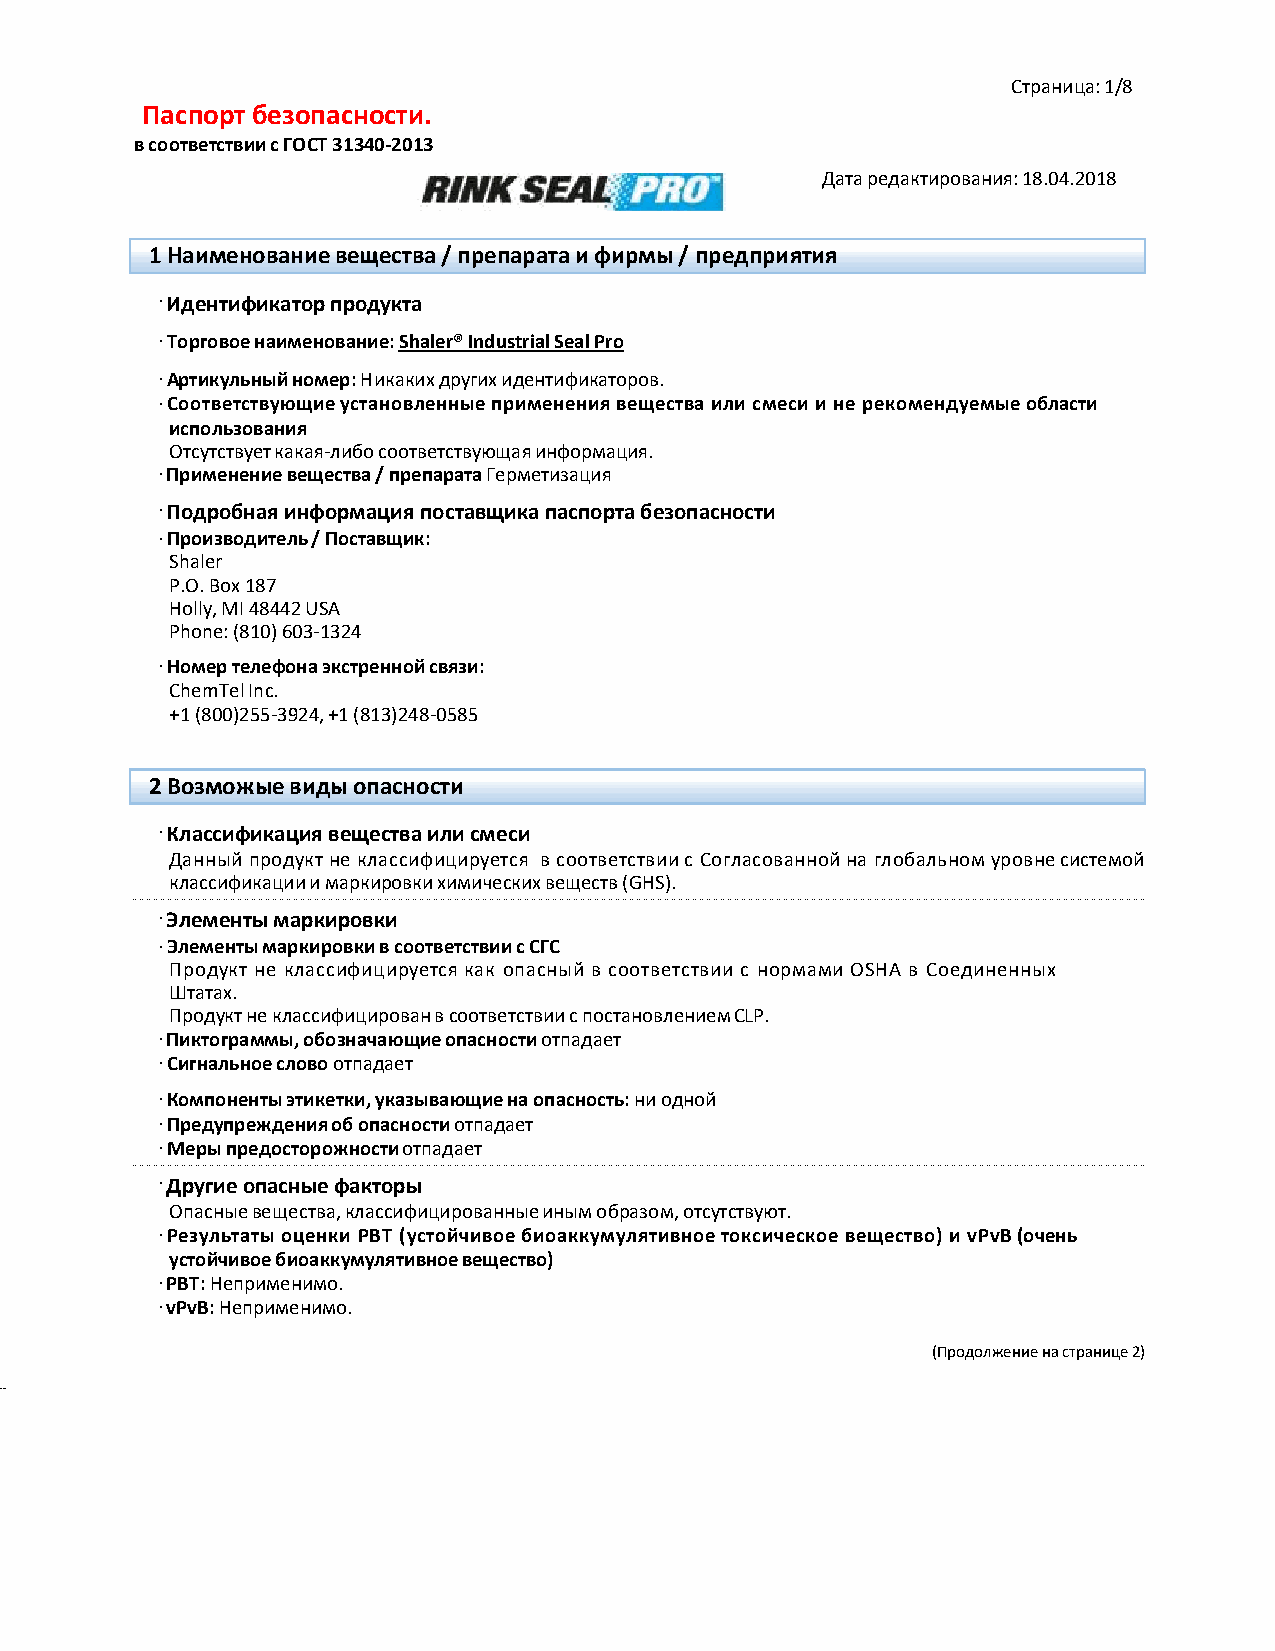
Страница: 1/8
 Паспорт безопасности.
 в соответствии с ГОСТ 31340-2013
 Дата редактирования: 18.04.2018
 1 Наименование вещества / препарата и фирмы / предприятия
 · Идентификатор продукта
 · Торговое наименование: Shaler® Industrial Seal Pro
 · Артикульный номер: Никаких других идентификаторов.
 · Соответствующие установленные применения вещества или смеси и не рекомендуемые области
 использования
 Отсутствует какая-либо соответствующая информация.
 · Применение вещества / препарата Герметизация
 · Подробная информация поставщика паспорта безопасности
 · Производитель / Поставщик:
 Shaler
 P.O. Box 187
 Holly, MI 48442 USA
 Phone: (810) 603-1324
 · Номер телефона экстренной связи:
 ChemTel Inc.
 +1 (800)255-3924, +1 (813)248-0585
 2 Возможые виды опасности
 · Классификация вещества или смеси
 Данный продукт не классифицируется в соответствии с Согласованной на глобальном уровне системой
 классификации и маркировки химических веществ (GHS).
 · Элементы маркировки
 · Элементы маркировки в соответствии с СГС
 Продукт не классифицируется как опасный в соответствии с нормами OSHA в Соединенных
 Штатах.
 Продукт не классифицирован в соответствии с постановлением CLP.
 · Пиктограммы, обозначающие опасности отпадает
 · Сигнальное слово отпадает
 · Компоненты этикетки, указывающие на опасность: ни одной
 · Предупреждения об опасности отпадает
 · Меры предосторожности отпадает
 · Другие опасные факторы
 Опасные вещества, классифицированные иным образом, отсутствуют.
 · Результаты оценки PBT (устойчивое биоаккумулятивное токсическое вещество) и vPvB (очень
 устойчивое биоаккумулятивное вещество)
 · PBT: Неприменимо.
 · vPvB: Неприменимо.
 (Продолжение на странице 2)
 42.0.18